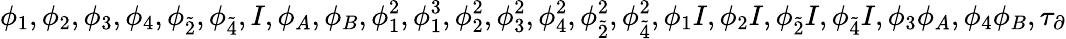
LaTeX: \phi_{1},\phi_{2},\phi_{3},\phi_{4},\phi_{\tilde{2}},\phi_{\tilde{4}},I,\phi_{A},\phi_{B},\phi_{1}^{2},\phi_{1}^{3},\phi_{2}^{2},\phi_{3}^{2},\phi_{4}^{2},\phi_{\tilde{2}}^{2},\phi_{\tilde{4}}^{2},\phi_{1}I,\phi_{2}I,\phi_{\tilde{2}}I,\phi_{\tilde{4}}I,\phi_{3}\phi_{A},\phi_{4}\phi_{B},\tau_{\partial}